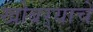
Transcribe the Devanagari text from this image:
खोबर्‍याचे